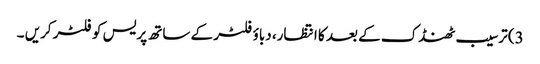
3) ترسیب ٹھنڈک کے بعد کا انتظار، دباؤ فلٹر کے ساتھ پریس کو فلٹر کریں ۔